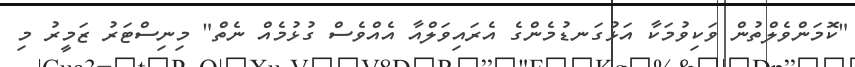
"ކޮމަންވެލްތުން ވަކިވުމަކާ އަޅުގަނޑުމެންގެ އެރައިވަލްއާ އެއްވެސް ގުޅުމެއް ނެތް" މިނިސްޓަރު ޒަމީރު މި